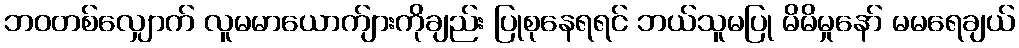
ဘဝတစ်လျှောက် လူမမာယောက်ျားကိုချည်း ပြုစုနေရရင် ဘယ်သူမပြု မိမိမှုနော် မမရေချယ်